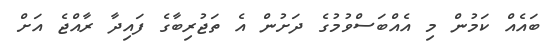
ބައެއް ކަމުން މި އެއްބަސްވުމުގެ ދަށުން އެ ތަޖުރިބާގެ ފައިދާ ރާއްޖެ އަށް